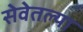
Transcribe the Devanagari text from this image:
सेवेतल्या